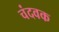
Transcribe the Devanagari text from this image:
चंदवक